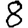
Digit: 8